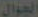
الجوال